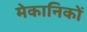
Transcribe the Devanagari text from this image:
मेकानिकों